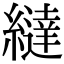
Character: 繨